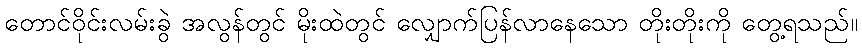
တောင်ဝိုင်းလမ်းခွဲ အလွန်တွင် မိုးထဲတွင် လျှောက်ပြန်လာနေသော တိုးတိုးကို တွေ့ရသည်။